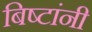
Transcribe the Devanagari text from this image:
बिष्टांनी